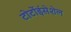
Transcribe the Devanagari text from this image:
टोर्टोईसेशेल